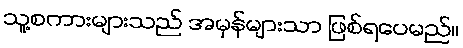
သူ့စကားများသည် အမှန်များသာ ဖြစ်ရပေမည်။